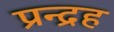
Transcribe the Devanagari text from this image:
प्रन्द्रह